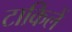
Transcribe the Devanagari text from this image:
टाकिलें